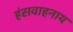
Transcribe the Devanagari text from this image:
हंसवाहनाय